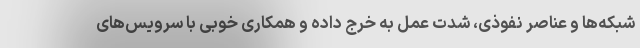
شبکه‌ها و عناصر نفوذی، شدت عمل به خرج داده و همکاری خوبی با سرویس‌های